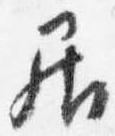
居